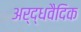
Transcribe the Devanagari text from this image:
अर्द्धवैदिक